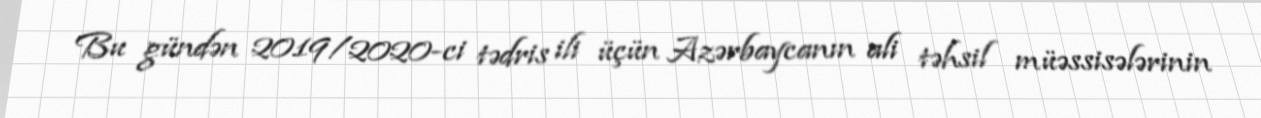
Bu gündən 2019/2020-ci tədris ili üçün Azərbaycanın ali təhsil müəssisələrinin